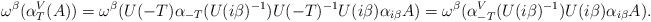
LaTeX: \begin{gather*}\omega^{\beta}(\alpha_T^V(A))=\omega^{\beta}(U(-T)\alpha_{-T}(U(i\beta)^{-1})U(-T)^{-1} U(i\beta) \alpha_{i\beta}A) =\omega^{\beta}(\alpha^V_{-T}(U(i\beta)^{-1}) U(i\beta) \alpha_{i\beta}A).\end{gather*}